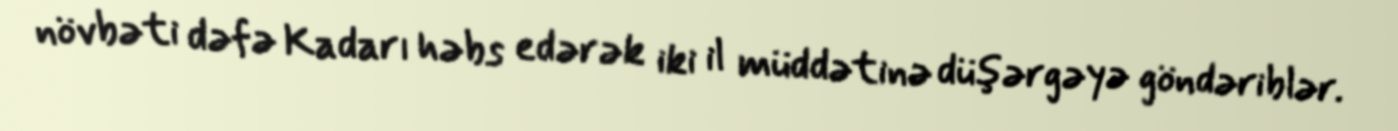
növbəti dəfə Kadarı həbs edərək iki il müddətinə düşərgəyə göndəriblər.